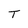
Character: T